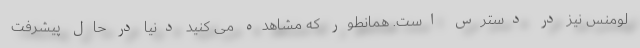
لومنس نیز در دسترس است. همانطور که مشاهده می کنید دنیا در حال پیشرفت